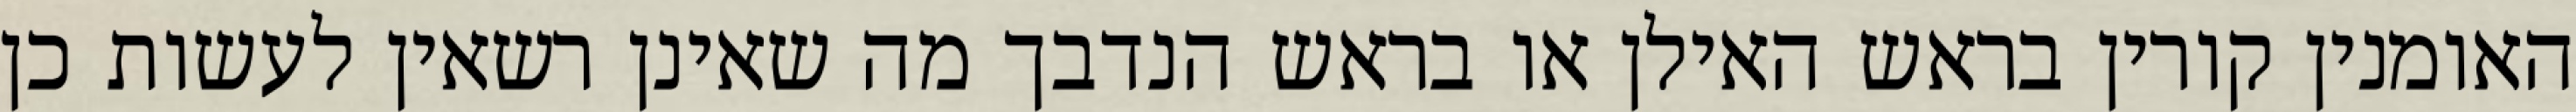
האומנין קורין בראש האילן או בראש הנדבך מה שאינן רשאין לעשות כן